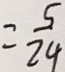
= \frac { 5 } { 2 4 }